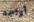
أواجه